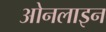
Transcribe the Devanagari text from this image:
ओनलाइन